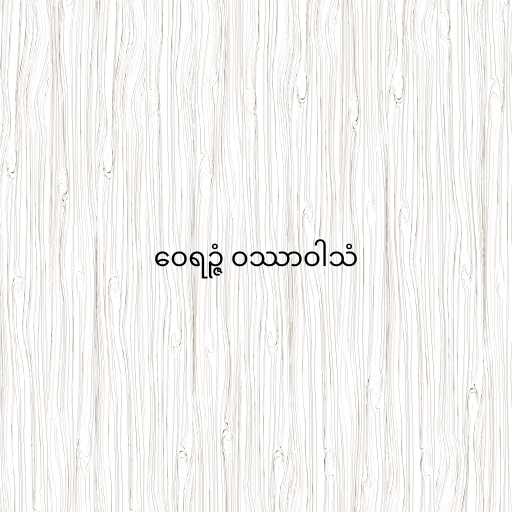
ဝေရဉ္ဇံ ဝဿာဝါသံ